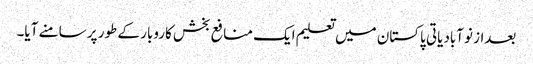
بعداز نوآبادیاتی پاکستان میں تعلیم ایک منافع بخش کاروبار کے طور پر سامنے آیا۔